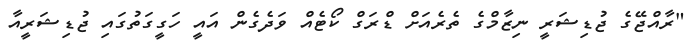
"ރާއްޖޭގެ ޖުޑިޝަރީ ނިޒާމްގެ ތެރެއަށް ޑްރަގް ކޯޓެއް ވަދެގެން އައީ ހަގީގަތުގައި ޖުޑިޝަރީއާ